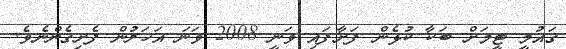
ގައުމީ ޓީމަށް ބަކާ ކުޅެން ފަށާފައި ވަނީ 2008 ވަނަ އަހަރުން ފެށިގެންނެވެ.